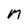
Character: M